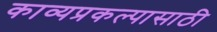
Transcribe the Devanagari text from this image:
काव्यप्रकल्पासाठी